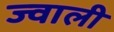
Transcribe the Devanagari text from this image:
ज्वाली